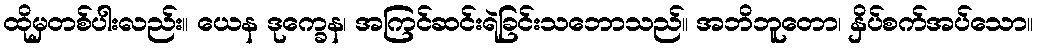
ထိုမှတစ်ပါးလည်း။ ယေန ဒုက္ခေန၊ အကြင်ဆင်းရဲခြင်းသဘောသည်။ အဘိဘူတော၊ နှိပ်စက်အပ်သော။